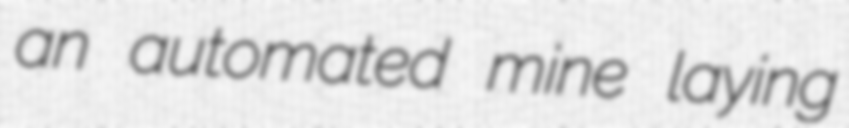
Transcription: an automated mine laying